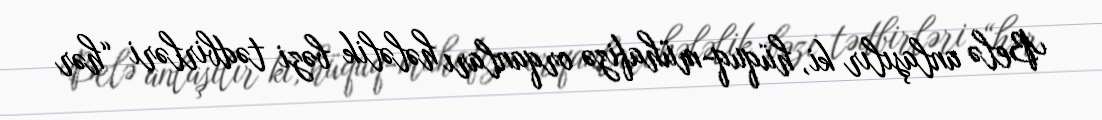
Belə anlaşılır ki, hüquq-mühafizə orqanları hələlik bəzi tədbirləri “hər